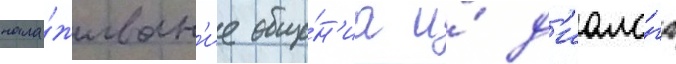
нала́живан'ие обще́н'иа и́ д'иало́га